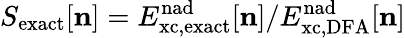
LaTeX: S_{\mathrm{exact}}[{\mathbf n}]=E_{\mathrm{{xc,exact}}}^{\mathrm{nad}}[{\mathbf n}]/E_{\mathrm{{xc,DFA}}}^{\mathrm{nad}}[{\mathbf n}]